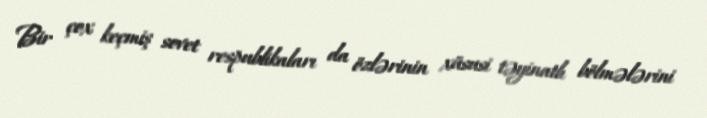
Bir çox keçmiş sovet respublikaları da özlərinin xüsusi təyinatlı bölmələrini